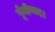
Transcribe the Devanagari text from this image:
पूँजीवाद।